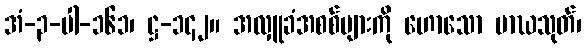
အံ-၃-ပါ-၁၆၁၊ ဋ္ဌ-၁၄၂။ အလှူခံအစစ်များကို ဟောသော မာဃသုတ်၊